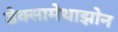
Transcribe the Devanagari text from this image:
डेक्सामेथाझोन